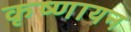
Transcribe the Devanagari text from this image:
कृष्‍णायन